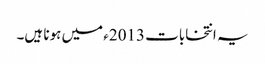
یہ انتخابات 2013ء میں ہونا ہیں۔